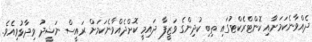
ދެއްވާނެކަމަށާއި ކޮންޓްރެކްޓުގައި ތިބި ކުދިންގެ ވަޒީފާ ދައިމީ ކޮށްދެއްވާނެކަމަށް ރައީސް ނަޝީދު ވިދާޅުވިއެވެ.